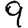
Digit: 9